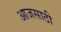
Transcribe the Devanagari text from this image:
आजसाठी